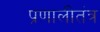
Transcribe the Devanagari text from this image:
प्रणालीतंत्र